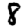
Digit: 8